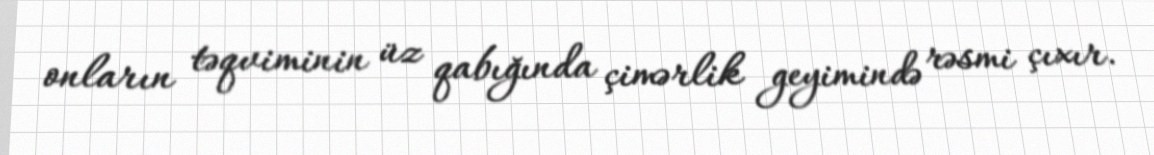
onların təqviminin üz qabığında çimərlik geyimində rəsmi çıxır.